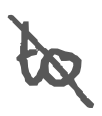
Text: to
Cross-out: diagonal
Writing tool: digital_gray